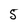
Character: 5